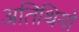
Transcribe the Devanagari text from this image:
अतिथियो